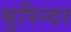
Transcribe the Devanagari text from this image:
भुपिन्दर